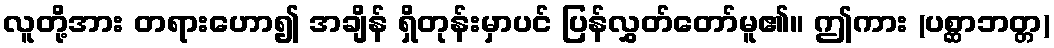
လူတို့အား တရားဟော၍ အချိန် ရှိတုန်းမှာပင် ပြန်လွှတ်တော်မူ၏။ ဤကား (ပစ္ဆာဘတ္တ)